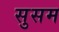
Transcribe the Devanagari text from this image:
सुसम